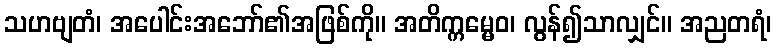
သဟဗျတံ၊ အပေါင်းအဘော်၏အဖြစ်ကို။ အတိက္ကမ္မေဝ၊ လွန်၍သာလျှင်။ အညတရံ၊